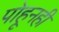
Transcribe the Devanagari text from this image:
पोहूनही